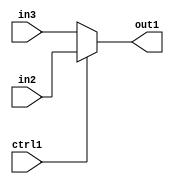
`timescale 1ps / 1ps
/*****************************************************************************
    Verilog RTL Description
    
    
    Created by: CellMath Designer 2019.1.01 
*******************************************************************************/

module DFT_compute_N_Mux_8_2_1_1 (
	in3,
	in2,
	ctrl1,
	out1
	); /* architecture "behavioural" */ 
input [7:0] in3,
	in2;
input  ctrl1;
output [7:0] out1;
wire [7:0] asc001;

reg [7:0] asc001_tmp_0;
assign asc001 = asc001_tmp_0;
always @ (ctrl1 or in2 or in3) begin
	case (ctrl1)
		1'B1 : asc001_tmp_0 = in2 ;
		default : asc001_tmp_0 = in3 ;
	endcase
end

assign out1 = asc001;
endmodule

/* CADENCE  uLTwSA8= : u9/ySgnWtBlWxVPRXgAZ4Og= ** DO NOT EDIT THIS LINE ******/